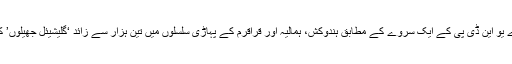
اقوامِ متحدہ کے ادارے یو این ڈی پی کے ایک سروے کے مطابق ہندوکش، ہمالیہ اور قراقرم کے پہاڑی سلسلوں میں تین ہزار سے زائد ‘گلیشیئل جھیلوں’ کی نشاندہی ہوئی ہے۔